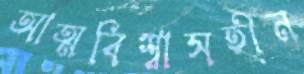
আত্মবিশ্বাসহীন